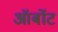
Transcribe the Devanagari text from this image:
ऑर्बोट